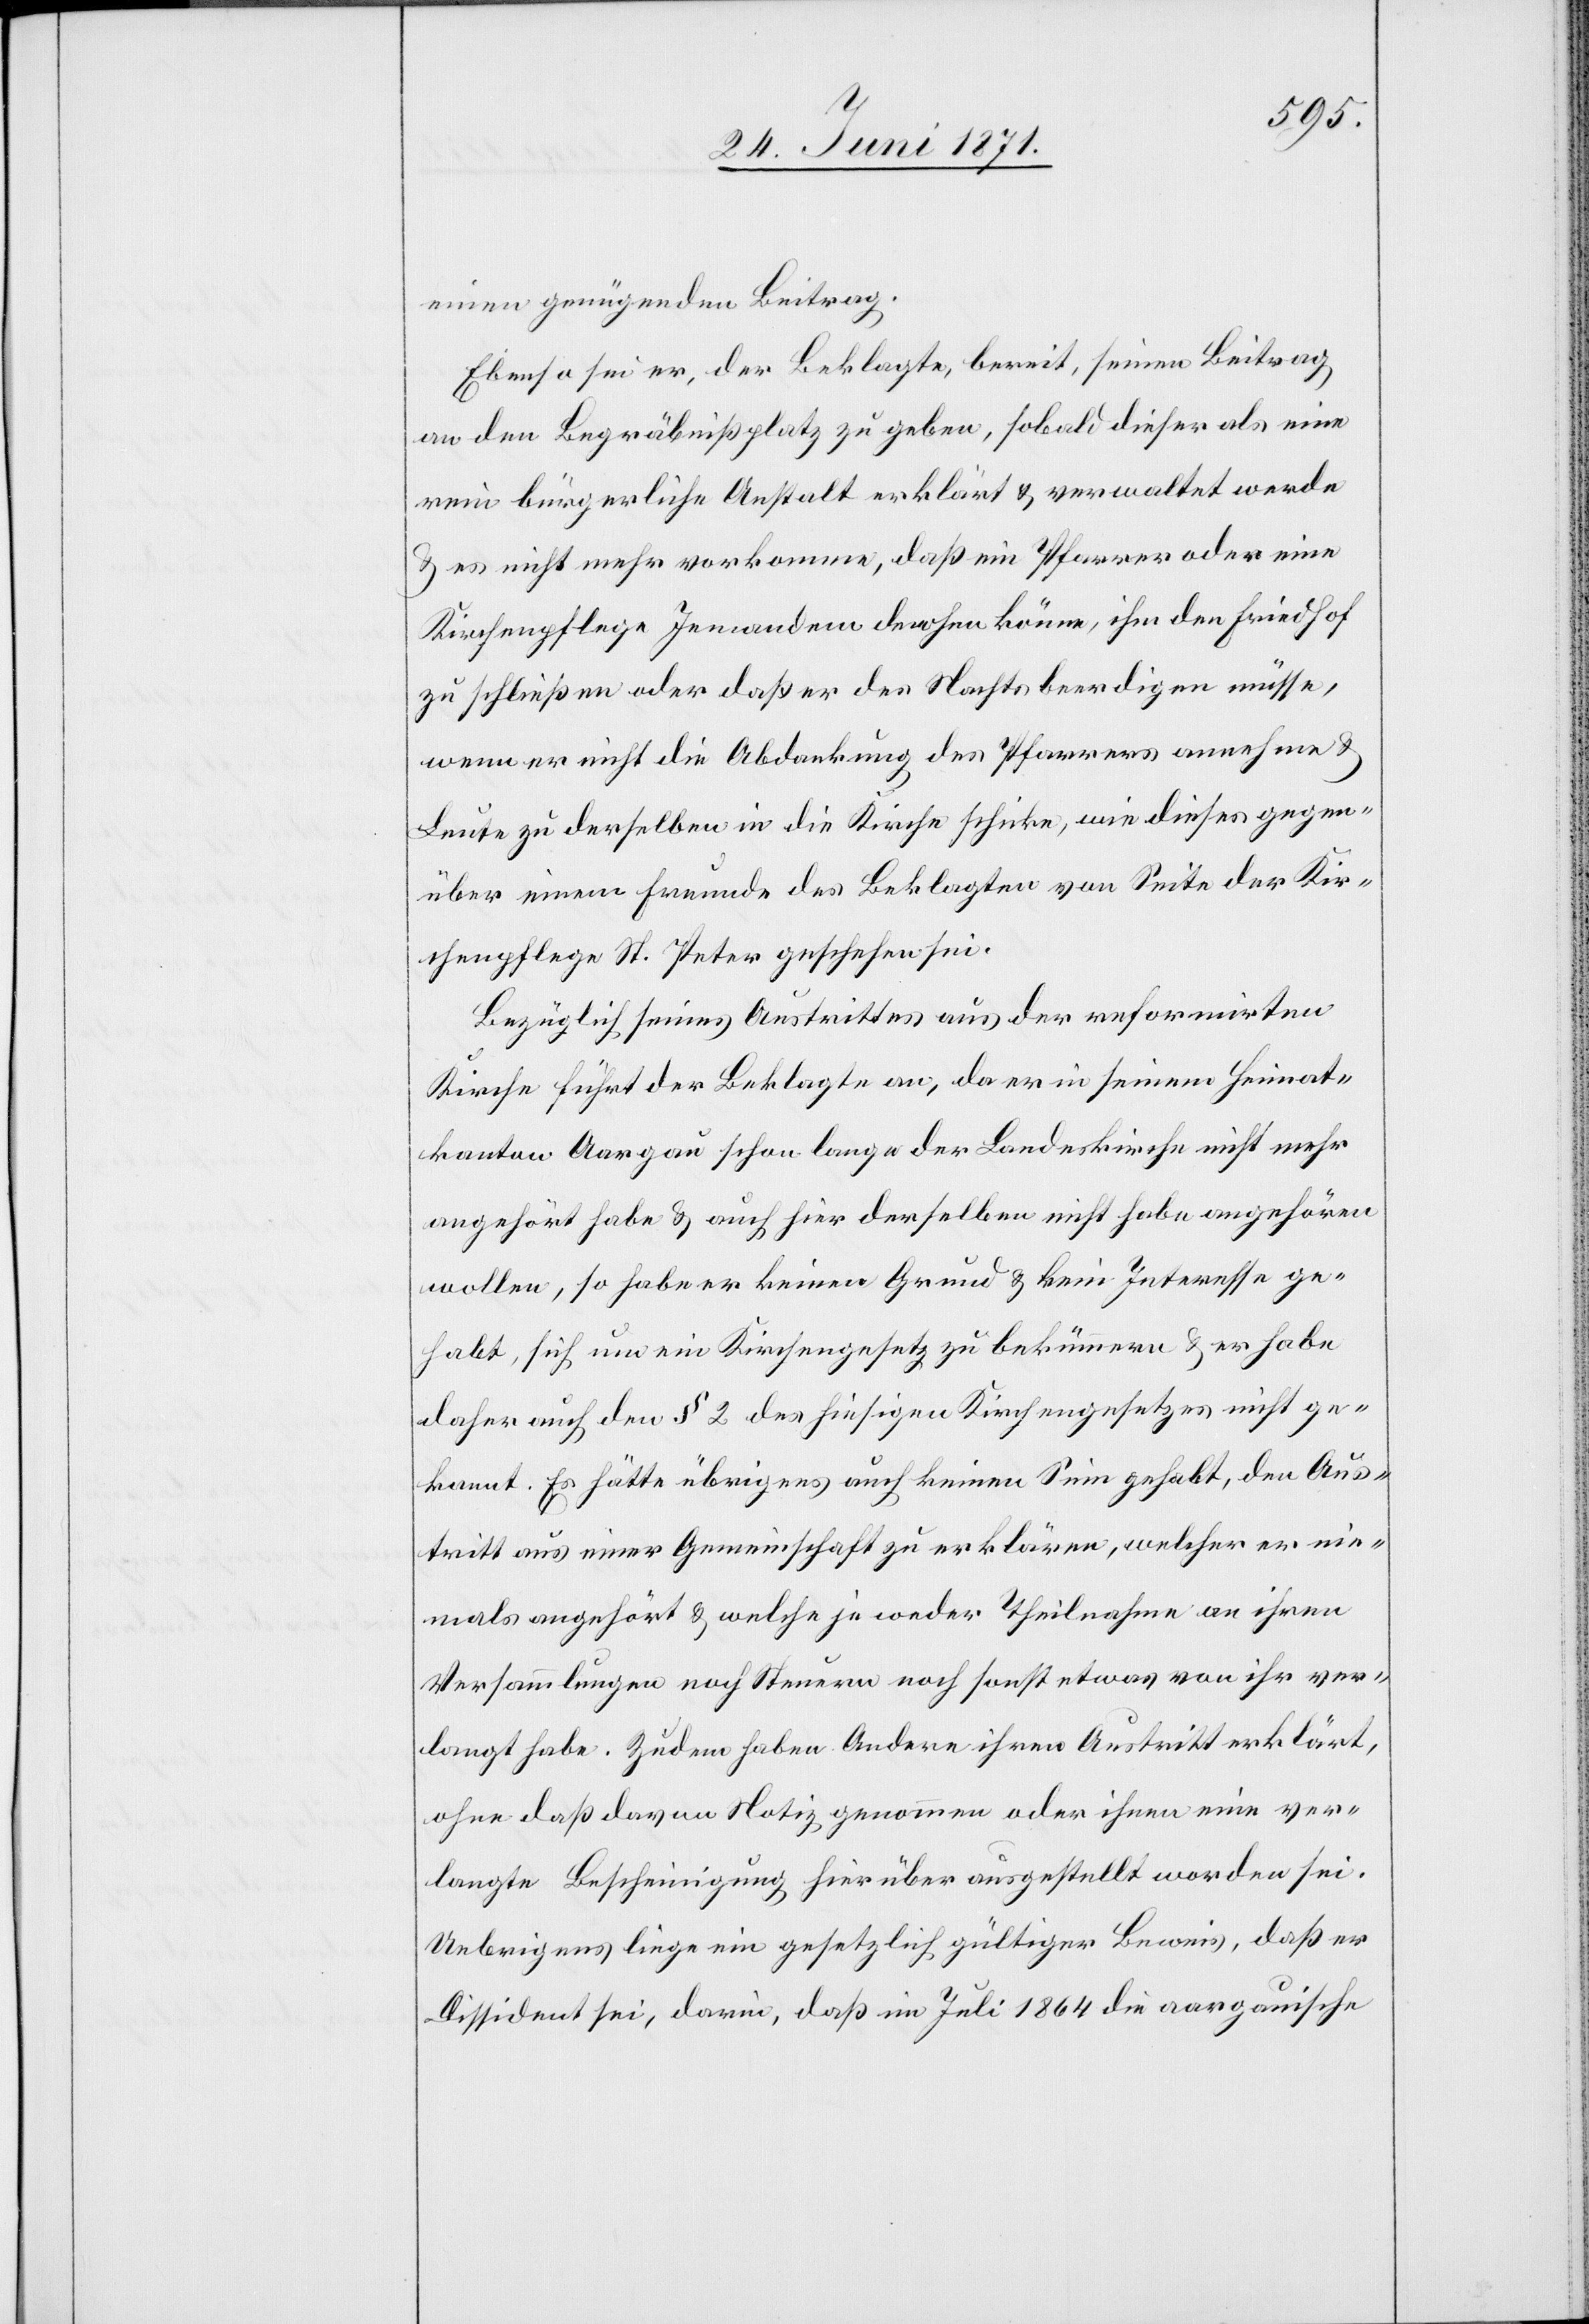
einen genügenden Beitrag.
Ebenso sei er, der Beklagte, bereit, seinen Beitrag
an den Begräbnißplatz zu geben, sobald dieser als eine
rein bürgerliche Anstalt erklärt u. verwaltet werde
u. es nicht mehr vorkomme, daß ein Pfarrer oder eine
Kirchenpflege Jemandem drohen könne, ihm den Friedhof
zu schließen oder daß er des Nachts beerdigen müsse,
wenn er nicht die Abdankung des Pfarrers annehme u.
Leute zu derselben in die Kirche schicke, wie dieses gegen¬
über einem Freunde des Beklagten von Seite der Kir¬
chenpflege St. Peter geschehen sei.
Bezüglich seines Austrittes aus der reformirten
Kirche führt der Beklagte an, da er in seinem Heimat¬
kanton Aargau schon lange der Landeskirche nicht mehr
angehört habe u. auch hier derselben nicht habe angehören
wollen, so habe er keinen Grund u. kein Interesse ge¬
habt, sich um ein Kirchengesetz zu bekümmern u. er habe
daher auch den § 2 des hiesigen Kirchengesetzes nicht ge¬
kannt. Es hätte übrigens auch keinen Sinn gehabt, den Aus¬
tritt aus einer Gemeinschaft zu erklären, welcher er nie¬
mals angehört u. welche je weder Theilnahme an ihren
Versammlungen noch Steuern noch sonst etwas von ihr ver¬
langt habe. Zudem haben Andere ihren Austritt erklärt,
ohne daß davon Notiz genommen oder ihnen eine ver¬
langte Bescheinigung hierüber ausgestellt worden sei.
Uebrigens liege ein gesetzlich gültiger Beweis, daß er
Dissident sei, darin, daß im Juli 1864 die aargauische